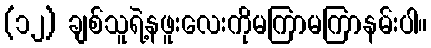
(၁၂) ချစ်သူရဲ့နဖူးလေးကိုမကြာမကြာနမ်းပါ။